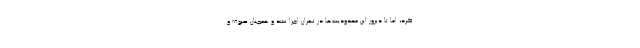
کرد، اما تا دیروز این محدودیت‌ها در تهران اجرا نشد و همچنان صنوف و